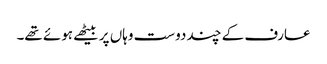
عارف کے چند دوست وہاں پر بیٹھے ہوئے تھے۔